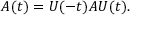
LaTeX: A ( t ) = U ( - t ) A U ( t ) . \quad